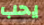
يحب